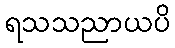
ရသသညာယပိ